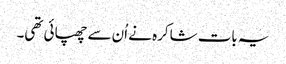
یہ بات شاکرہ نے اُن سے چھپائی تھی۔